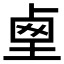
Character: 𡍏